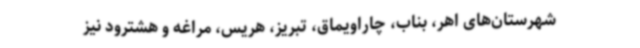
شهرستان‌های اهر، بناب، چاراویماق، تبریز، هریس، مراغه و هشترود نیز